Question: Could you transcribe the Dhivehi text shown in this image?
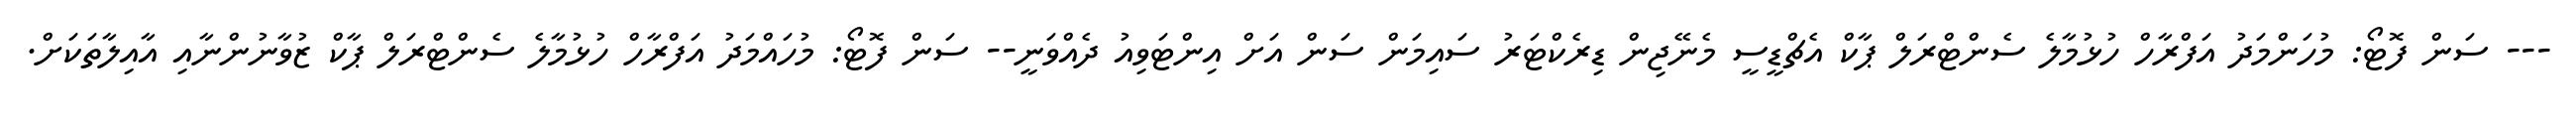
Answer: --- ސަން ފޮޓޯ: މުހަންމަދު އަފްރާހް ހުޅުމާލެ ސެންޓްރަލް ޕާކް އެޗްޑީސީ މެނޭޖިން ޑިރެކްޓަރު ސައިމަން ސަން އަށް އިންޓަވިއު ދެއްވަނީ-- ސަން ފޮޓޯ: މުހައްމަދު އަފްރާހް ހުޅުމާލެ ސެންޓްރަލް ޕާކް ޒުވާނުންނާއި އާއިލާތަކަށް.